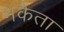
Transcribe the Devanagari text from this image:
मकैता